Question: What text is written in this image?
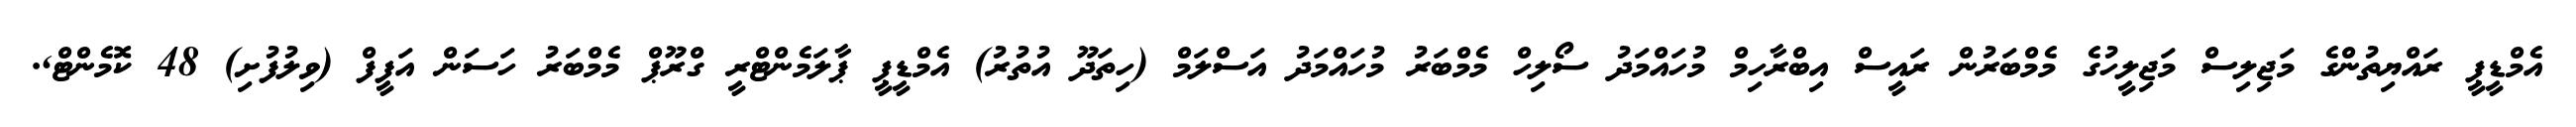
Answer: އެމްޑީޕީ ރައްޔިތުންގެ މަޖިލިސް މަޖިލީހުގެ މެމްބަރުން ރައީސް އިބްރާހިމް މުހައްމަދު ސޯލިހް މެމްބަރު މުހައްމަދު އަސްލަމް (ހިތަދޫ އުތުރު) އެމްޑީޕީ ޕާލަމެންޓްރީ ގްރޫޕް މެމްބަރު ހަސަން އަފީފް (ވިލުފުށި) 48 ކޮމެންޓް,.